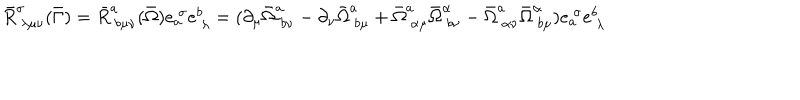
LaTeX: \bar { R } _ { ~ \lambda \mu \nu } ^ { \sigma } ( \bar { \Gamma } ) = \bar { R } _ { ~ b \mu \nu } ^ { a } ( \bar { \Omega } ) e _ { a } ^ { ~ \sigma } e _ { ~ \lambda } ^ { b } = ( \partial _ { \mu } \bar { \Omega } _ { ~ b \nu } ^ { a } - \partial _ { \nu } \bar { \Omega } _ { ~ b \mu } ^ { a } + \bar { \Omega } _ { ~ \alpha \mu } ^ { a } \bar { \Omega } _ { ~ b \nu } ^ { \alpha } - \bar { \Omega } _ { ~ \alpha \nu } ^ { a } \bar { \Omega } _ { ~ b \mu } ^ { \alpha } ) e _ { a } ^ { ~ \sigma } e _ { ~ \lambda } ^ { b }